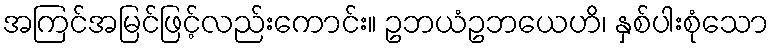
အကြင်အမြင်ဖြင့်လည်းကောင်း။ ဥဘယံဥဘယေဟိ၊ နှစ်ပါးစုံသော